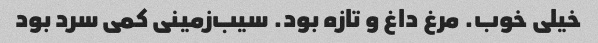
خیلی خوب. مرغ داغ و تازه بود. سیب‌زمینی کمی سرد بود